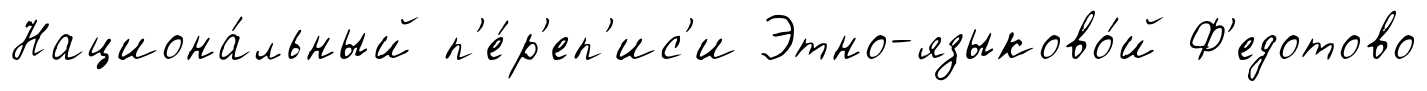
Национа́льный п'е́р'еп'ис'и Этно-языково́й Ф'едотово